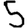
Digit: 5